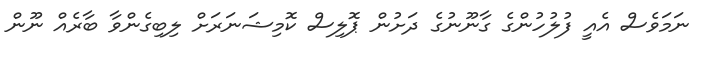
ނަމަވެސް އެއީ ފުލުހުންގެ ގާނޫނުގެ ދަށުން ޕޮލިސް ކޮމިޝަނަރަށް ލިބިގެންވާ ބާރެއް ނޫން